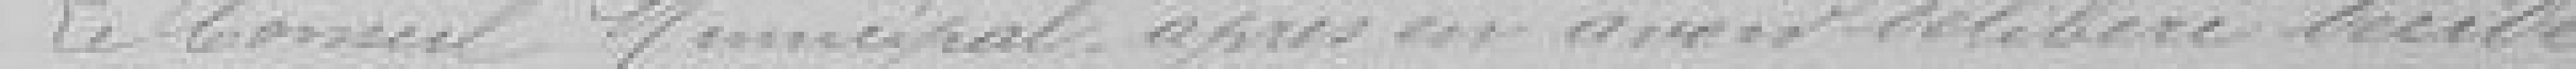
Le Conseil Municipal après en avoir délibérer décide